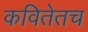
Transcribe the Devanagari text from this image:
कवितेतच